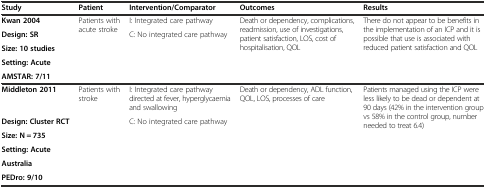
<table><thead><tr><td><b>Study</b></td><td><b>Patient</b></td><td><b>Intervention/Comparator</b></td><td><b>Outcomes</b></td><td><b>Results</b></td></tr></thead><tbody><tr><td><b>Kwan 2004</b></td><td rowspan="4">Patients with acute stroke</td><td>I: Integrated care pathway</td><td rowspan="4">Death or dependency, complications, readmission, use of investigations, patient satisfaction, LOS, cost of hospitalisation, QOL</td><td rowspan="4">There do not appear to be benefits in the implementation of an ICP and it is possible that use is associated with reduced patient satisfaction and QOL</td></tr><tr><td><b>Design: SR</b></td><td>C: No integrated care pathway</td></tr><tr><td><b>Size: 10 studies</b></td><td></td></tr><tr><td><b>Setting: Acute</b></td><td></td></tr><tr><td><b>AMSTAR: 7/11</b></td><td></td><td></td><td></td><td></td></tr><tr><td><b>Middleton 2011</b></td><td rowspan="5">Patients with stroke</td><td>I: Integrated care pathway directed at fever, hyperglycaemia and swallowing</td><td rowspan="5">Death or dependency, ADL function, QOL, LOS, processes of care</td><td rowspan="5">Patients managed using the ICP were less likely to be dead or dependent at 90 days (42% in the intervention group vs 58% in the control group, number needed to treat 6.4)</td></tr><tr><td><b>Design: Cluster RCT</b></td><td rowspan="4">C: No integrated care pathway</td></tr><tr><td><b>Size: N = 735</b></td></tr><tr><td><b>Setting: Acute</b></td></tr><tr><td><b>Australia</b></td></tr><tr><td><b>PEDro: 9/10</b></td><td></td><td></td><td></td><td></td></tr></tbody></table>